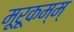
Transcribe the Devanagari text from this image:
मूरूकम्म्